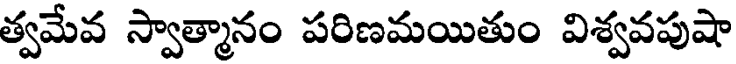
త్వమేవ స్వాత్మానం పరిణమయితుం విశ్వవపుషా